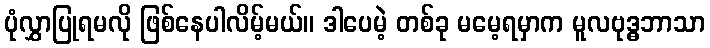
ပုံလွှာပြုရမလို ဖြစ်နေပါလိမ့်မယ်။ ဒါပေမဲ့ တစ်ခု မမေ့ရမှာက မူလဗုဒ္ဓဘာသာ